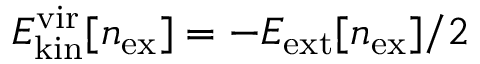
{ E _ { \mathrm { k i n } } ^ { \mathrm { v i r } } [ n _ { \mathrm { e x } } ] = - E _ { \mathrm { e x t } } [ n _ { \mathrm { e x } } ] / 2 }